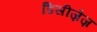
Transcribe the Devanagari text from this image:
डिसीज़ेज़